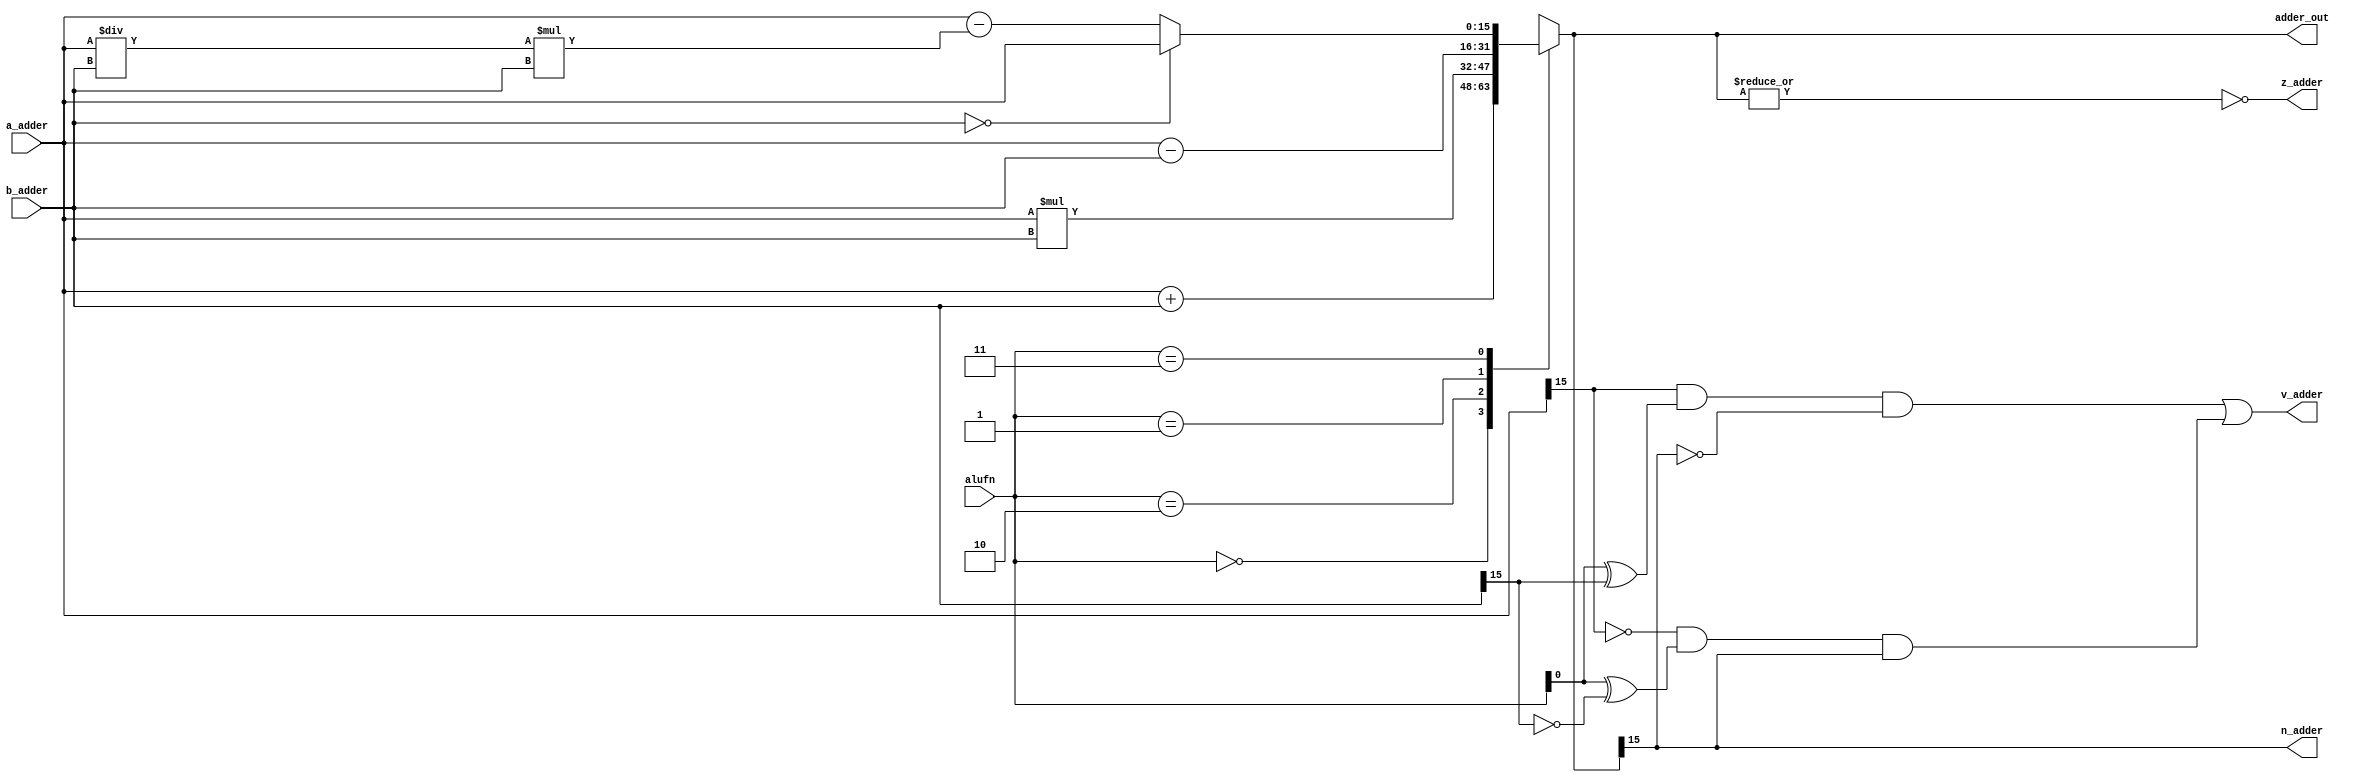
/*
   This file was generated automatically by the Mojo IDE version B1.3.6.
   Do not edit this file directly. Instead edit the original Lucid source.
   This is a temporary file and any changes made to it will be destroyed.
*/

module adder_15 (
    input [1:0] alufn,
    input [15:0] a_adder,
    input [15:0] b_adder,
    output reg z_adder,
    output reg v_adder,
    output reg n_adder,
    output reg [15:0] adder_out
  );
  
  
  
  reg [15:0] out;
  
  always @* begin
    
    case (alufn[0+1-:2])
      2'h0: begin
        out = a_adder + b_adder;
      end
      2'h2: begin
        out = a_adder * b_adder;
      end
      2'h1: begin
        out = a_adder - b_adder;
      end
      2'h3: begin
        if (b_adder == 16'h0000) begin
          out = a_adder;
        end else begin
          out = a_adder - (a_adder / b_adder) * b_adder;
        end
      end
      default: begin
        out = a_adder + b_adder;
      end
    endcase
    z_adder = (~|out);
    v_adder = (a_adder[15+0-:1] & (alufn[0+0-:1] ^ b_adder[15+0-:1]) & ~out[15+0-:1]) | (~a_adder[15+0-:1] & (alufn[0+0-:1] ^ ~b_adder[15+0-:1]) & out[15+0-:1]);
    n_adder = out[15+0-:1];
    adder_out = out;
  end
endmodule